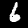
Digit: 6